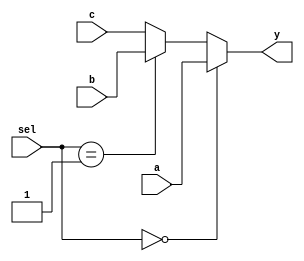

module mux3( sel, a, b, c, y );
    parameter bitwidth=32;
    input [1:0] sel;
    input  [bitwidth-1:0] a, b, c;
    output [bitwidth-1:0] y;

    assign y = (sel == 2'b0 ) ? a :
	       (sel == 2'b01) ? b :
				c ;
endmodule